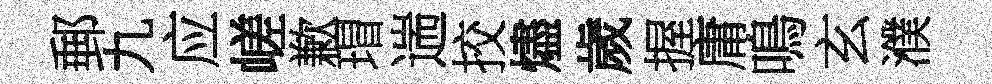
郵九应嵯歉瑁遄挍燼歲握庸鳴玄濮